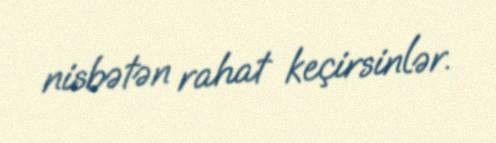
nisbətən rahat keçirsinlər.